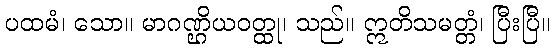
ပထမံ၊ သော။ မာဂဏ္ဌိယဝတ္ထု၊ သည်။ ဣတိသမတ္တံ၊ ပြီးပြီ။